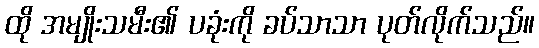
ထို အမျိုးသမီး၏ ပခုံးကို ခပ်သာသာ ပုတ်လိုက်သည်။